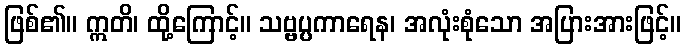
ဖြစ်၏။ ဣတိ၊ ထို့ကြောင့်။ သဗ္ဗပ္ပကာရေန၊ အလုံးစုံသော အပြားအားဖြင့်။